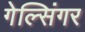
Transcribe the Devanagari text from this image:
गेल्सिंगर